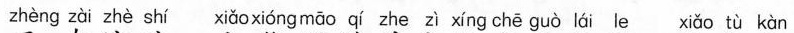
zhèng zài zhè shí xiǎoxióng māo qí zhe zì xíng chē guò lái le xiǎo tù kàn